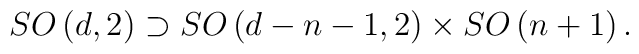
SO\left( d,2\right) \supset SO\left( d-n-1,2\right) \times SO\left(n+1\right) .